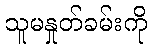
သူမနှုတ်ခမ်းကို